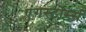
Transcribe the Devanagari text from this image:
एंगस्टोर्म्स